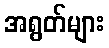
အရွတ်များ